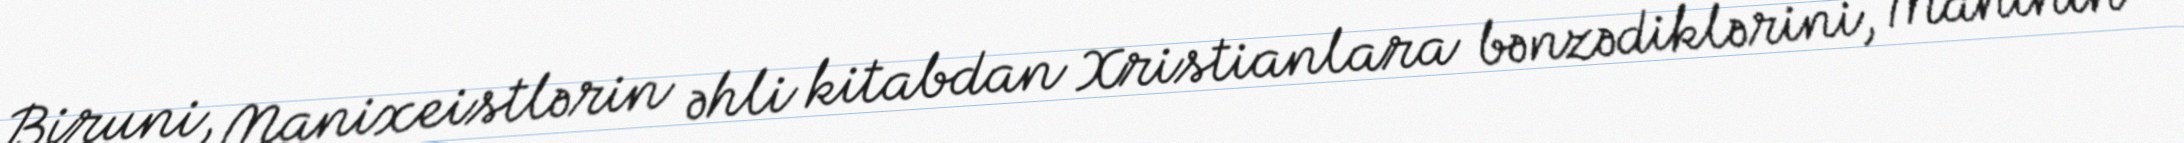
Biruni, Manixeistlərin əhli kitabdan Xristianlara bənzədiklərini, Maninin